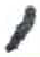
אות: ,